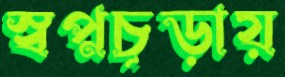
স্বপ্নচূড়ায়